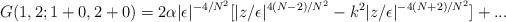
LaTeX: \begin{align*}G(1, 2;1 + 0, 2 +0) = 2\alpha|\epsilon|^{-4/N^2}[|z/\epsilon|^{4(N -2)/N^2} - k^2|z/\epsilon|^{- 4(N + 2)/N^2}] + ...\end{align*}